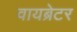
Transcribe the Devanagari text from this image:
वायब्रेटर